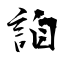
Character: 詯